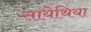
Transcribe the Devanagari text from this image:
सायेथिया